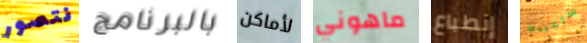
نتصور بالبرنامج لأماكن ماهوني إنطباع سأعيدك